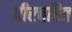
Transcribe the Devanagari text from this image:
वीरचरित